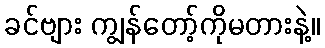
ခင်ဗျား ကျွန်တော့်ကိုမတားနဲ့။